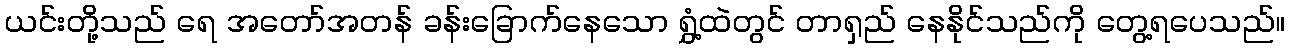
ယင်းတို့သည် ရေ အတော်အတန် ခန်းခြောက်နေသော ရွှံ့ထဲတွင် တာရှည် နေနိုင်သည်ကို တွေ့ရပေသည်။